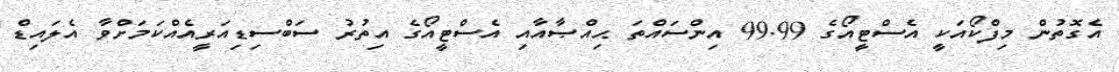
އެގޮތުން މިފްކޯއަކީ އެސްޓީއޯގެ 99.99 އިންސައްތަ ޙިއްޞާއާއި އެސްޓީއޯގެ އިތުރު ސަބްސިޑިއަރީއެއްކަމަށްވާ އެލައިޑް